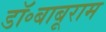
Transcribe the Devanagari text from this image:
डॉ॰बाबूराम